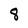
Character: 8